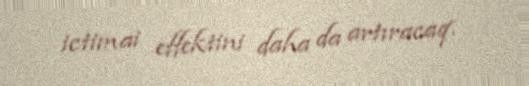
ictimai effektini daha da artıracaq.